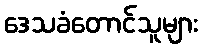
ဒေသခံတောင်သူများ